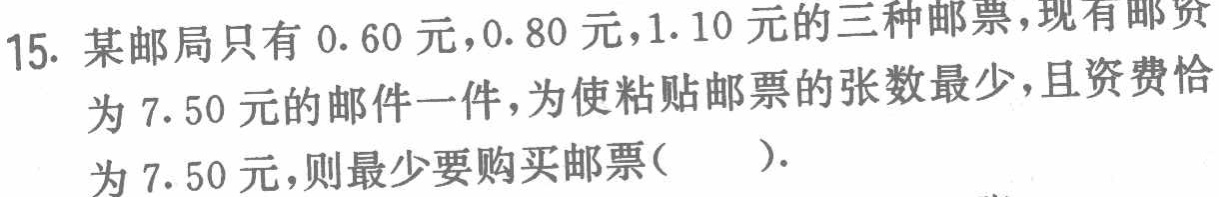
15. 某邮局只有\(0.60\)元，\(0.80\)元，\(1.10\)元的三种邮票，现有邮资为\(7.50\)元的邮件一件，为使粘贴邮票的张数最少，且资费恰为\(7.50\)元，则最少要购买邮票(  )。